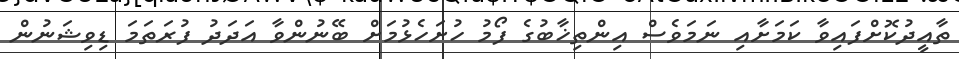
ތާއީދުކޮށްފައިވާ ކަމަށާއި ނަމަވެސް އިންތިޚާބުގެ ފޯމު ހުށަހެޅުމަށް ބޭނުންވާ އަދަދު ފުރަތަމަ ޑިވިޝަނުން